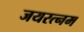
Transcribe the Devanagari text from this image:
जयरत्नम